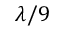
\lambda / 9